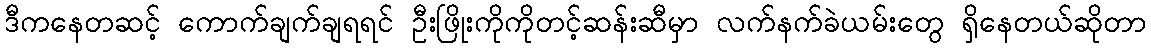
ဒီကနေတဆင့် ကောက်ချက်ချရရင် ဦးဖြိုးကိုကိုတင့်ဆန်းဆီမှာ လက်နက်ခဲယမ်းတွေ ရှိနေတယ်ဆိုတာ